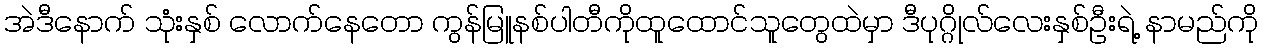
အဲဒီနောက် သုံးနှစ် လောက်နေတော ကွန်မြူနစ်ပါတီကိုထူထောင်သူတွေထဲမှာ ဒီပုဂ္ဂိုလ်လေးနှစ်ဦးရဲ့ နာမည်ကို